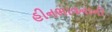
હીનભાવનાની